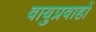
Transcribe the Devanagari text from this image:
वायुप्रवाहों